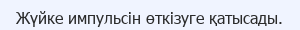
Жүйке импульсiн өткiзуге қатысады.